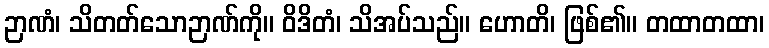
ဉာဏံ၊ သိတတ်သောဉာဏ်ကို။ ဝိဒိတံ၊ သိအပ်သည်။ ဟောတိ၊ ဖြစ်၏။ တထာတထာ၊